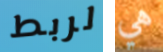
لربط هي